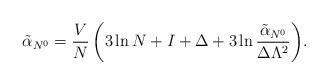
LaTeX: \begin{align*}\tilde\alpha _{N^0} = {V\over N}\,\biggl( 3\ln N + I+\Delta+ 3\ln {\tilde\alpha_{N^0}\over\Delta\Lambda^2}\biggr).\end{align*}